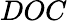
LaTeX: DOC